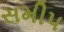
સમીપ